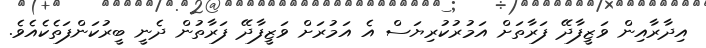
އިދާރާއިން ވަޒީފާދޭ ފަރާތަށް އަމުރުކުރިޔަސް އެ އަމުރަށް ވަޒީފާދޭ ފަރާތުން ދެނީ ބީރުކަންފަތެކެއެވެ.